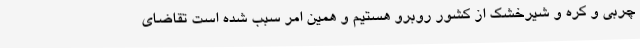
چربی و کره و شیرخشک از کشور روبرو هستیم و همین امر سبب شده است تقاضای